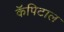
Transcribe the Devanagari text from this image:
कॅपिटाल